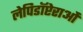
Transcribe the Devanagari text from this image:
लेपिडॉप्टेराओं